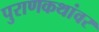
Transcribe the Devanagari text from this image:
पुराणकथांवर